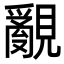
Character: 覶